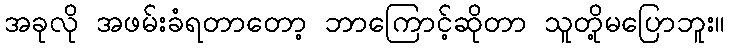
အခုလို အဖမ်းခံရတာတော့ ဘာကြောင့်ဆိုတာ သူတို့မပြောဘူး။